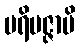
ပရိမဇ္ဇာမိ